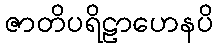
ဇာတိပရိဠာဟေနပိ